system: You are a helpful assistant.
user:
Analyze the provided spectrum to determine if it is a **"Cataclysmic Variables (CV)"**.

- **Key Indicators for CV (Check for either state):**
    - **State 1: Quiescent / Low-State (Emission-Dominated)**
        - **(Primary):** Strong and *very broad* Hydrogen Balmer emission lines (e.g., $H\alpha$ at 6563 Å, $H\beta$ at 4861 Å). The 'broadness' (high velocity dispersion, often FWHM > 1000 km/s) is the key diagnostic, indicating a high-velocity accretion disk.
        - **(Secondary):** Broad neutral Helium (He I) emission lines (e.g., 5876 Å, 6678 Å).
        - **(Key Confirmation):** Presence of high-excitation *ionized* Helium (He II) emission at 4686 Å. This is a strong indicator of accretion onto a white dwarf.
        - **(Line Profile):** Emission lines may exhibit a 'double-peaked' profile, which is a classic signature of a rotating accretion disk viewed at high inclination.

    - **State 2: Outburst / High-State (Absorption-Dominated)**
        - **(Primary):** Spectrum is dominated by a bright, blue continuum (looks like a hot star).
        - **(Secondary):** The emission lines from State 1 are weak, absent, or 'filled in', and are replaced by broad, shallow *absorption* lines (primarily Balmer and He I).
        - **(Morphology):** The overall spectrum mimics a hot B/A-type star. The crucial difference is that the absorption lines are significantly broader, shallower, and more 'washed-out' (or 'smeared') than the sharp lines of a normal stellar photosphere, due to high rotational speeds and pressure broadening in the disk.

Think first, call **spectral_visualization_tool** if needed to examine features in detail, then provide your final answer. Your response must adhere to the following strict rules:
1.  **Overall Structure:** Your response must follow the format `<think>...</think> <tool_call>...</tool_call> (if a tool is used) <answer>...</answer>`.
2.  **Tool Usage Constraint:** You may only make **one** tool call per turn.
3.  **Final Answer Format:** In the `<answer>` tag, your conclusion must be inside a `\boxed{}` command (e.g., `\boxed{YES}`), followed by your justification.

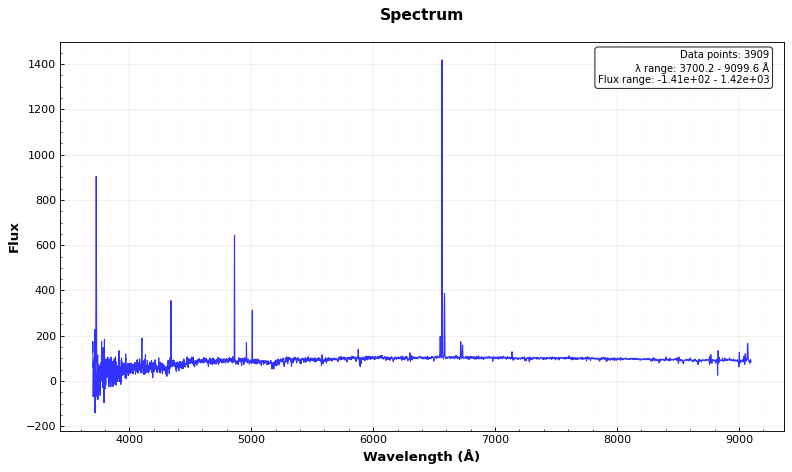
Answer: NO